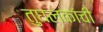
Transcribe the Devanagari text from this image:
तुघलकांची